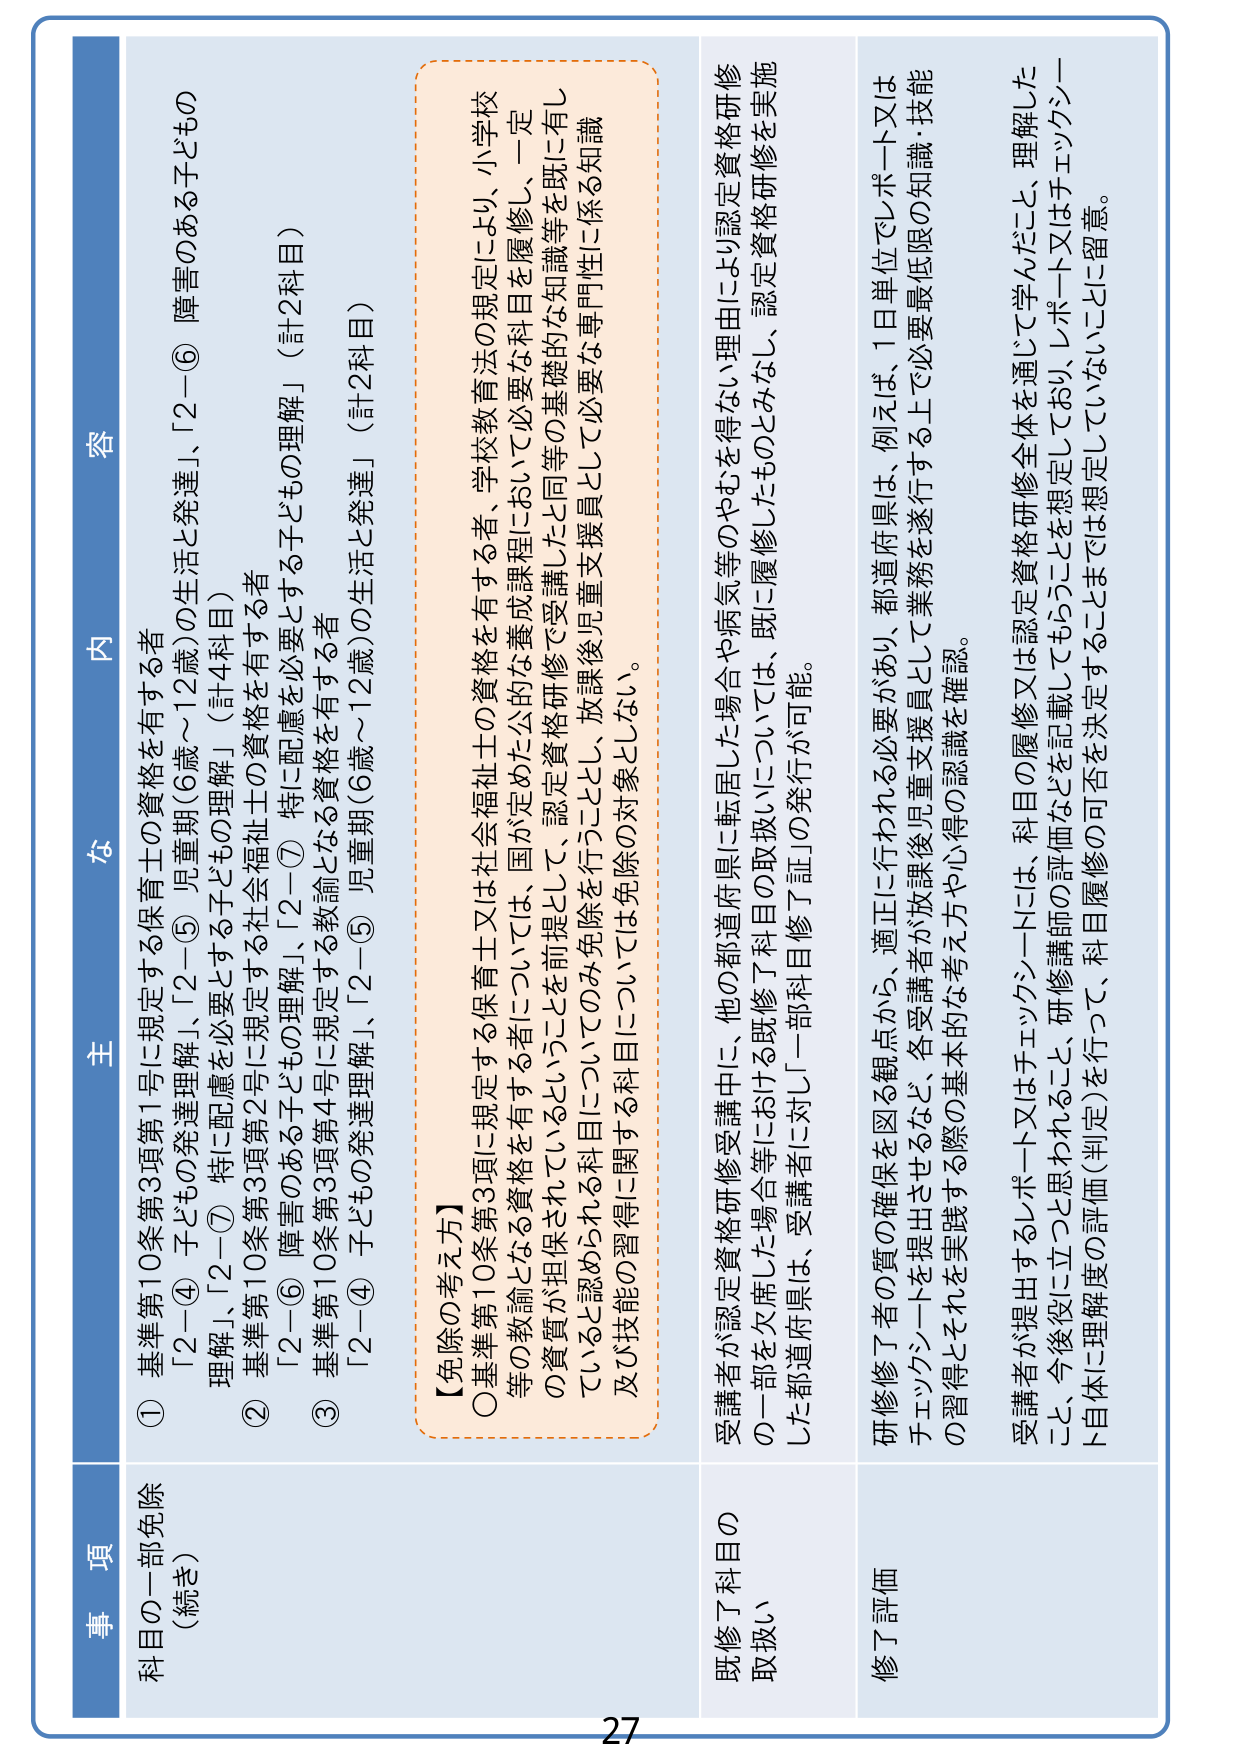
事 項
科目の一部免除
（続き）

主 な 内 容

① 基準第10条第3項第1号に規定する保育士の資格を有する者
「2－④ 子どもの発達理解」、「2－⑤ 児童期（6歳～12歳）の生活と発達」、「2－⑥ 障害のある子どもの理解」、「2－⑦ 特に配慮を必要とする子どもの理解」（計2科目）

② 基準第10条第3項第2号に規定する社会福祉士の資格を有する者
「2－⑥ 障害のある子どもの理解」、「2－⑦ 特に配慮を必要とする子どもの理解」（計2科目）

③ 基準第10条第3項第4号に規定する教諭となる資格を有する者
「2－④ 子どもの発達理解」、「2－⑤ 児童期（6歳～12歳）の生活と発達」（計2科目）

【免除の考え方】
○ 基準第10条第3項に規定する保育士又は社会福祉士の資格を有する者、学校教育法の規定により、小学校等の教諭となる資格を有する者については、国が定めた公的な養成課程において必要な科目を履修し、一定の資質が担保されているということを前提として、認定資格研修で受講したと同等の基礎的な知識等を既に有していると認められる科目についてのみ免除を行うこととし、放課後児童支援員として必要な専門性に係る知識及び技能の習得に関する科目については免除の対象としない。

既修了科目の取扱い
受講者が認定資格研修受講中に、他の都道府県に転居した場合や病気等のやむを得ない理由により認定資格研修の一部を欠席した場合等における既修了科目の取扱いについては、既に履修したものとみなし、認定資格研修を実施した都道府県に対し「一部科目修了証」の発行が可能。

修了評価
研修修了者の質の確保を図る観点から、適正に行われる必要があり、都道府県は、例えば、1日単位でレポート又はチェックシートを提出させるなど、各受講者が放課後児童支援員として業務を遂行する上で必要最低限の知識・技能の習得とそれを実践する際の基本的な考え方や心得の認識を確認。
受講者が提出するレポート又はチェックシートには、科目の履修又は認定資格研修全体を通じて学んだこと、理解したこと、今後役に立つと思われること、研修講師の評価などを記載してもらうことを想定しており、レポート又はチェックシート自体に理解度の評価（判定）を行って、科目履修の可否を決定することまでは想定していないことに留意。

27